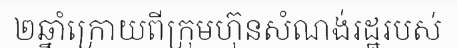
២ឆ្នាំក្រោយពីក្រុមហ៊ុនសំណង់រដ្ឋរបស់